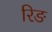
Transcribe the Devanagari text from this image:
रिङ